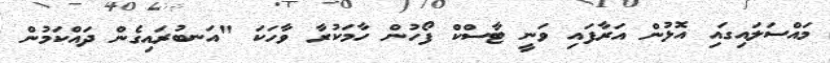
މައްސަލައިގައި އޮޅުން އަރާފައި ވަނީ ޓާސްކް ފޯހުން ހާމަކުރާ ވާހަކަ "އަނބުރައިގެން ދައްކަމުން